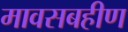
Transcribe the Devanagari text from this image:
मावसबहीण